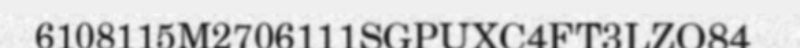
6108115M2706111SGPUXC4FT3LZO84